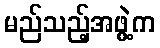
မည်သည့်အဖွဲ့က